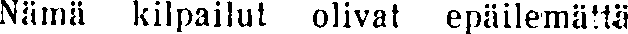
Nämä kilpailut olivat epäilemättä